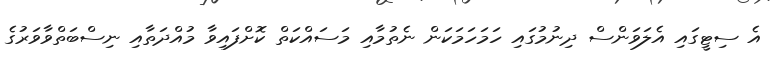
އެ ސިޓީގައި އެލަވަންސް ދިނުމުގައި ހަމަހަމަކަން ނެތުމާއި މަސައްކަތް ކޮށްފައިވާ މުއްދަތާއި ނިސްބަތްވާވަރުގެ